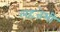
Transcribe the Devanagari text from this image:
लहजेभी